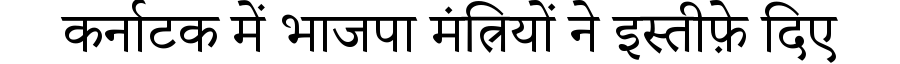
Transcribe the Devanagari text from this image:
कर्नाटक में भाजपा मंत्रियों ने इस्तीफ़े दिए